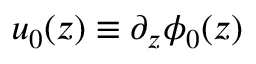
u _ { 0 } ( z ) \equiv \partial _ { z } \phi _ { 0 } ( z )